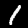
Digit: 1